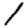
Digit: 1